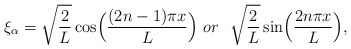
\begin{align*}\xi_{\alpha} = \sqrt{\frac{2}{L}} \cos \Bigl( \frac{(2n -1) \pi x}{L} \Bigr){}~or~~ \sqrt{\frac{2}{L}} \sin \Bigl(\frac{2n \pi x}{L} \Bigr),\end{align*}